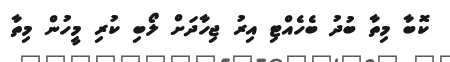
ކޮބާ މިތާ ބުދު ބެހެއްޓި އިރު ޖިހާދަށް ލޯބި ކުރި މީހުން މިތާ